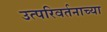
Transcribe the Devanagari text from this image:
उत्परिवर्तनाच्या